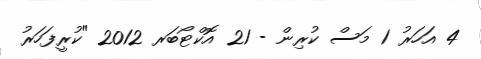
4 އަހަރު 1 މަސް ކުރިން - 21 އޮކްޓޯބަރ 2012 "ކުރީފަހަރު